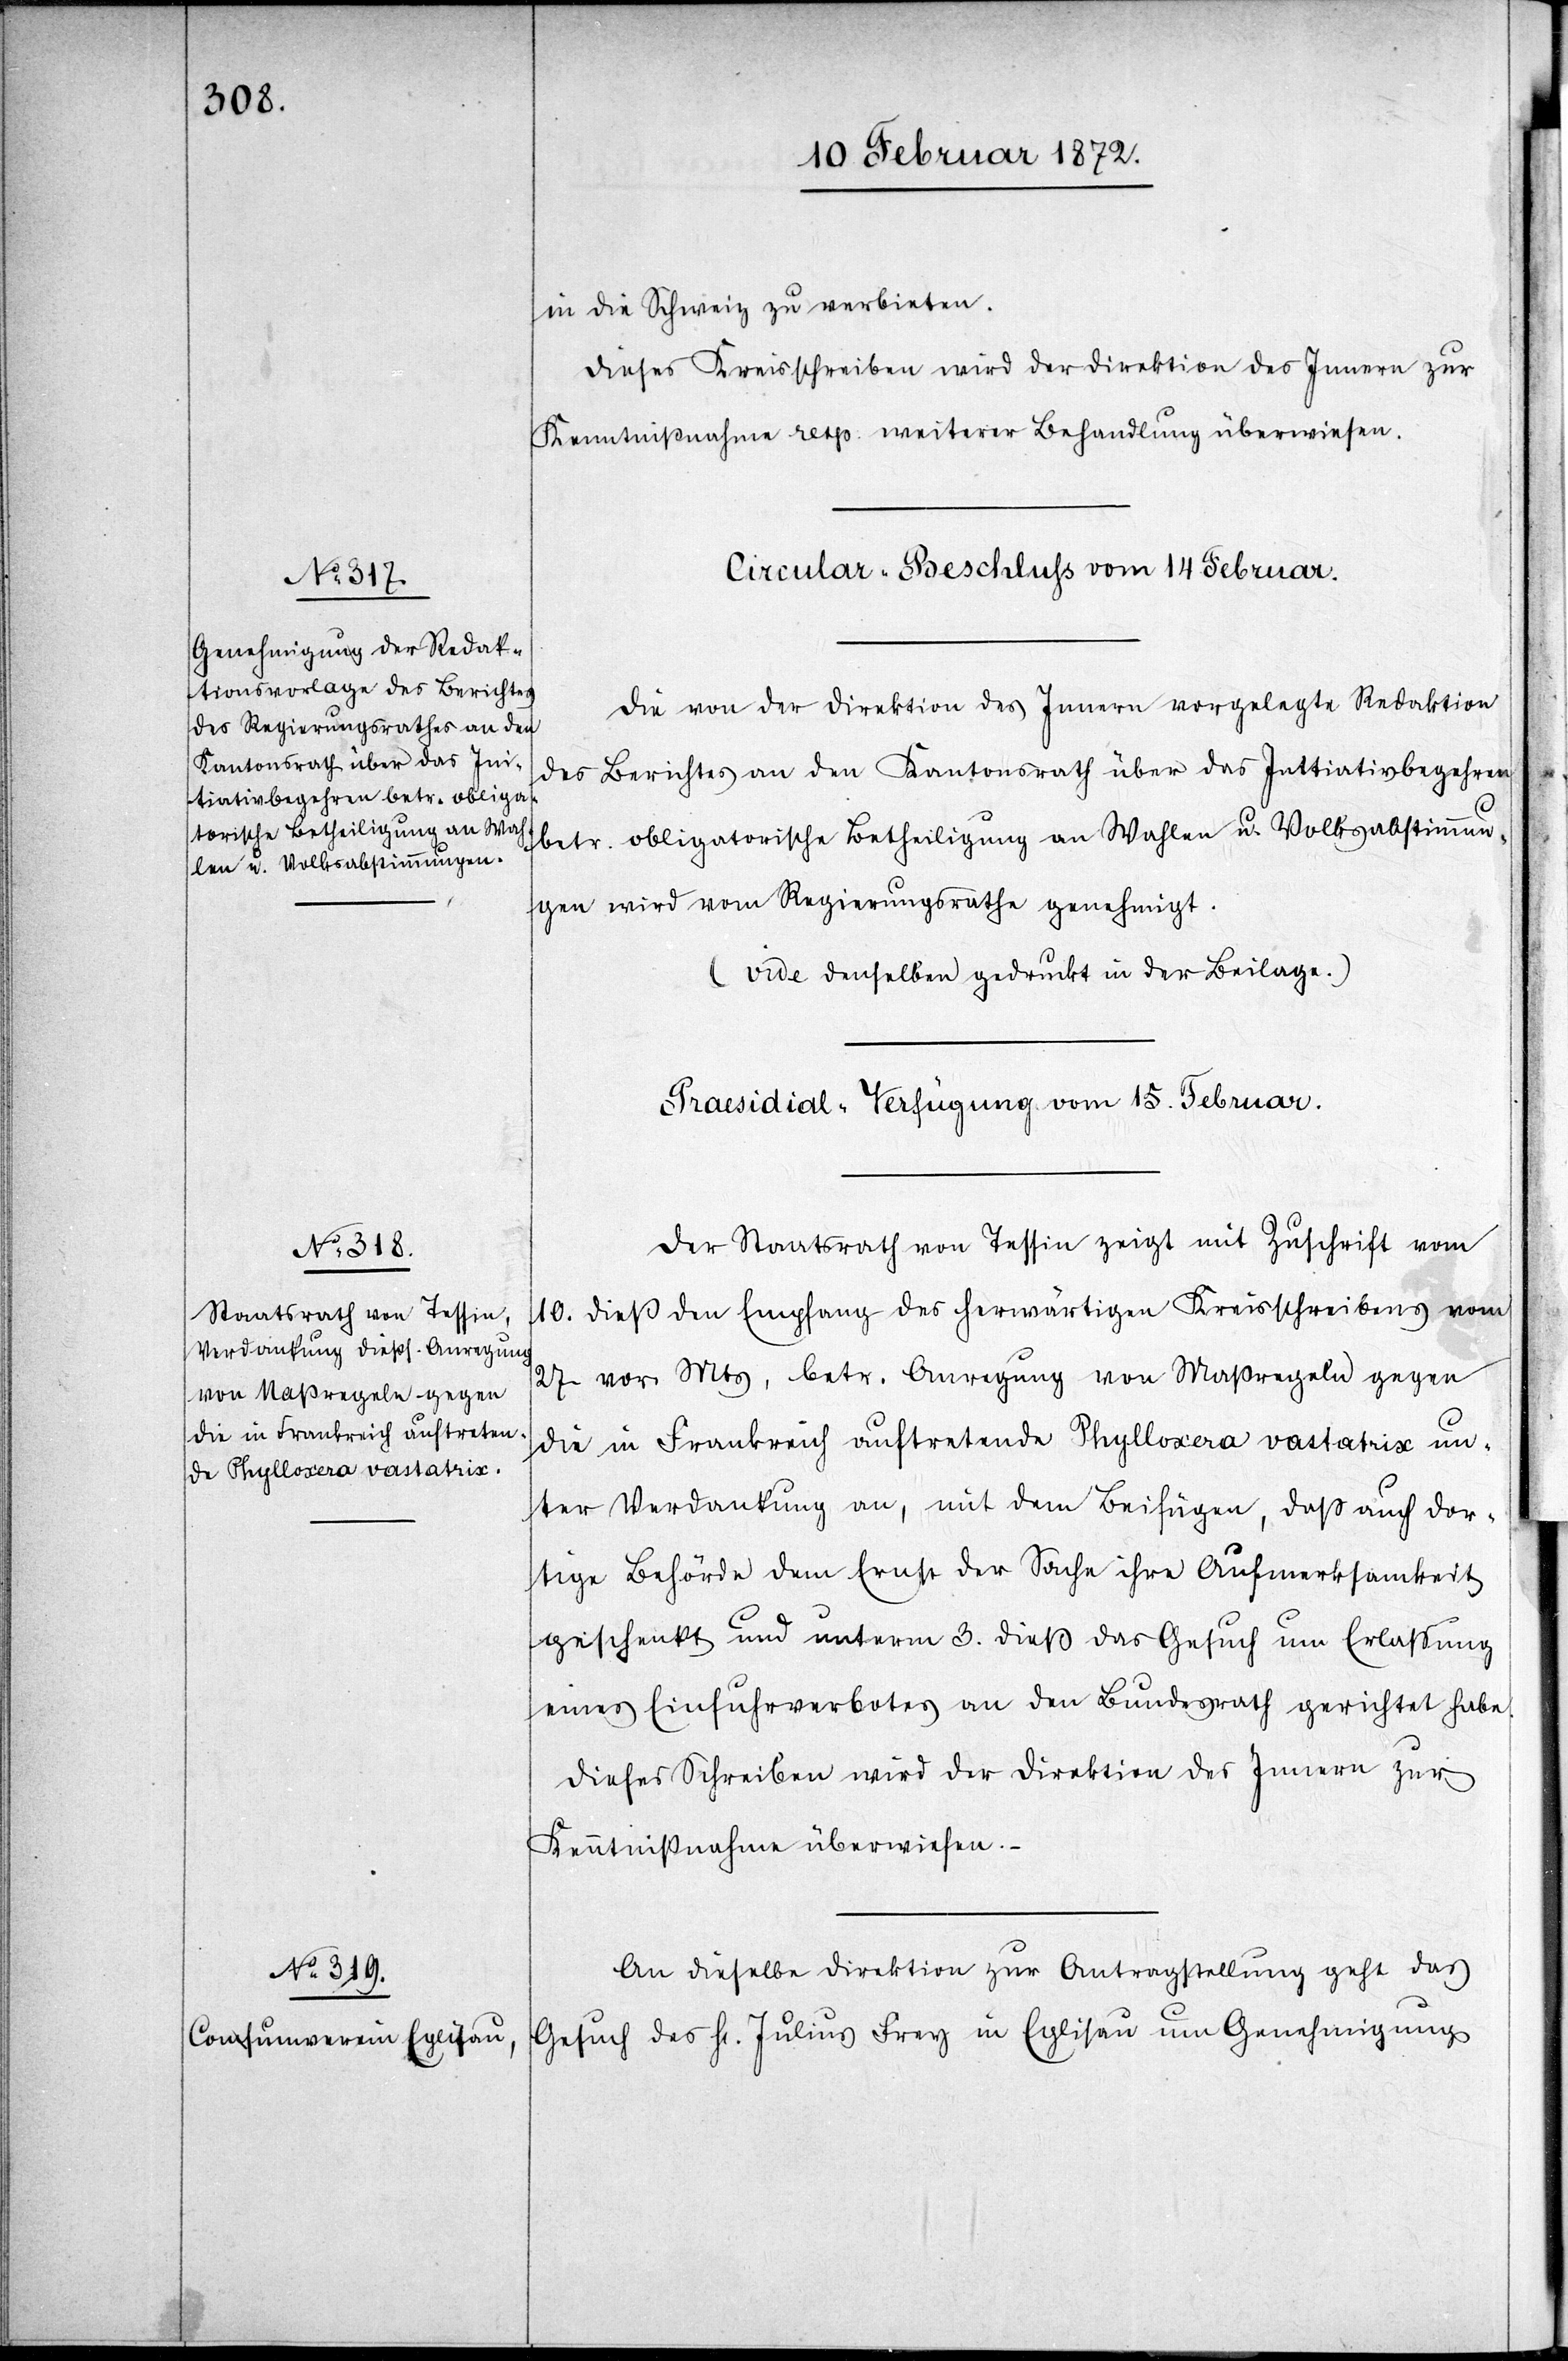
in die Schweiz zu verbieten.
Dieses Kreisschreiben wird der Direktion des Innern zur
Kenntnißnahme resp. weiterer Behandlung überwiesen.
Circular-Beschluss vom 14 Februar.
Die von der Direktion des Innern vorgelegte Redaktion
des Berichtes an den Kantonsrath über das In[i]tiativbegehren
betr. obligatorische Betheiligung an Wahlen u. Volksabstimmun¬
gen wird vom Regierungsrathe genehmigt.
(vide denselben gedruckt in der Beilage.)
[Praesidial-Verfügung vom 15. Februar]
Der Staatsrath von Tessin zeigt mit Zuschrift vom
10. dieß den Empfang des herwärtigen Kreisschreibens vom
27 vor. Mts, betr. Anregung von Maßregeln gegen
die in Frankreich auftretende Phylloxera vastatrix un¬
ter Verdankung an, mit dem Beifügen, dass auch dor¬
tige Behörde dem Ernst der Sache ihre Aufmerksamkeit
geschenkt und unterm 3. dieß das Gesuch um Erlassung
eines Einfuhrverbotes an den Bundesrath gerichtet habe.
Dieses Schreiben wird der Direktion des Innern zur
Kenntnißnahme überwiesen.
An dieselbe Direktion zur Antragstellung geht das